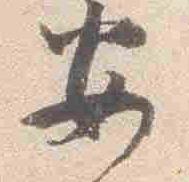
安